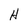
Character: H